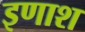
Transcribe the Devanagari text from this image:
इणाश